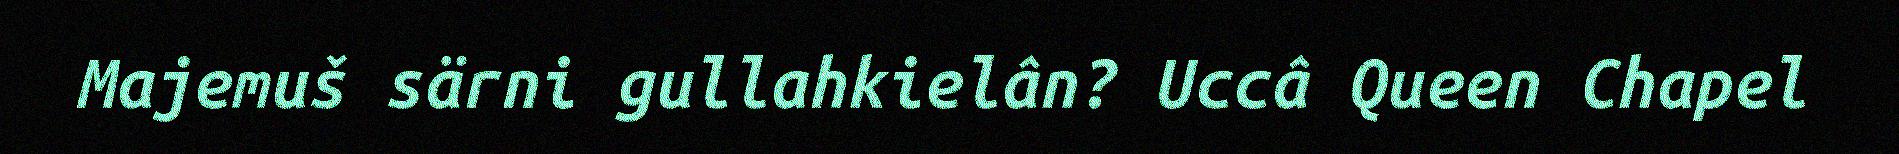
Majemuš särni gullahkielân? Uccâ Queen Chapel